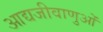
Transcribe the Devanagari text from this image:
आद्यजीवाणुओं